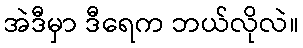
အဲဒီမှာ ဒီရေက ဘယ်လိုလဲ။